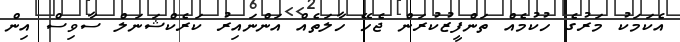
އެކަމަކު މަރުގެ ހުކުމެއް ތަންފީޒުކުރަން ޖެހޭ ހާލަތެއް އަންނައިރު ކަރެކްޝަނަލް ސާވިސް އިން